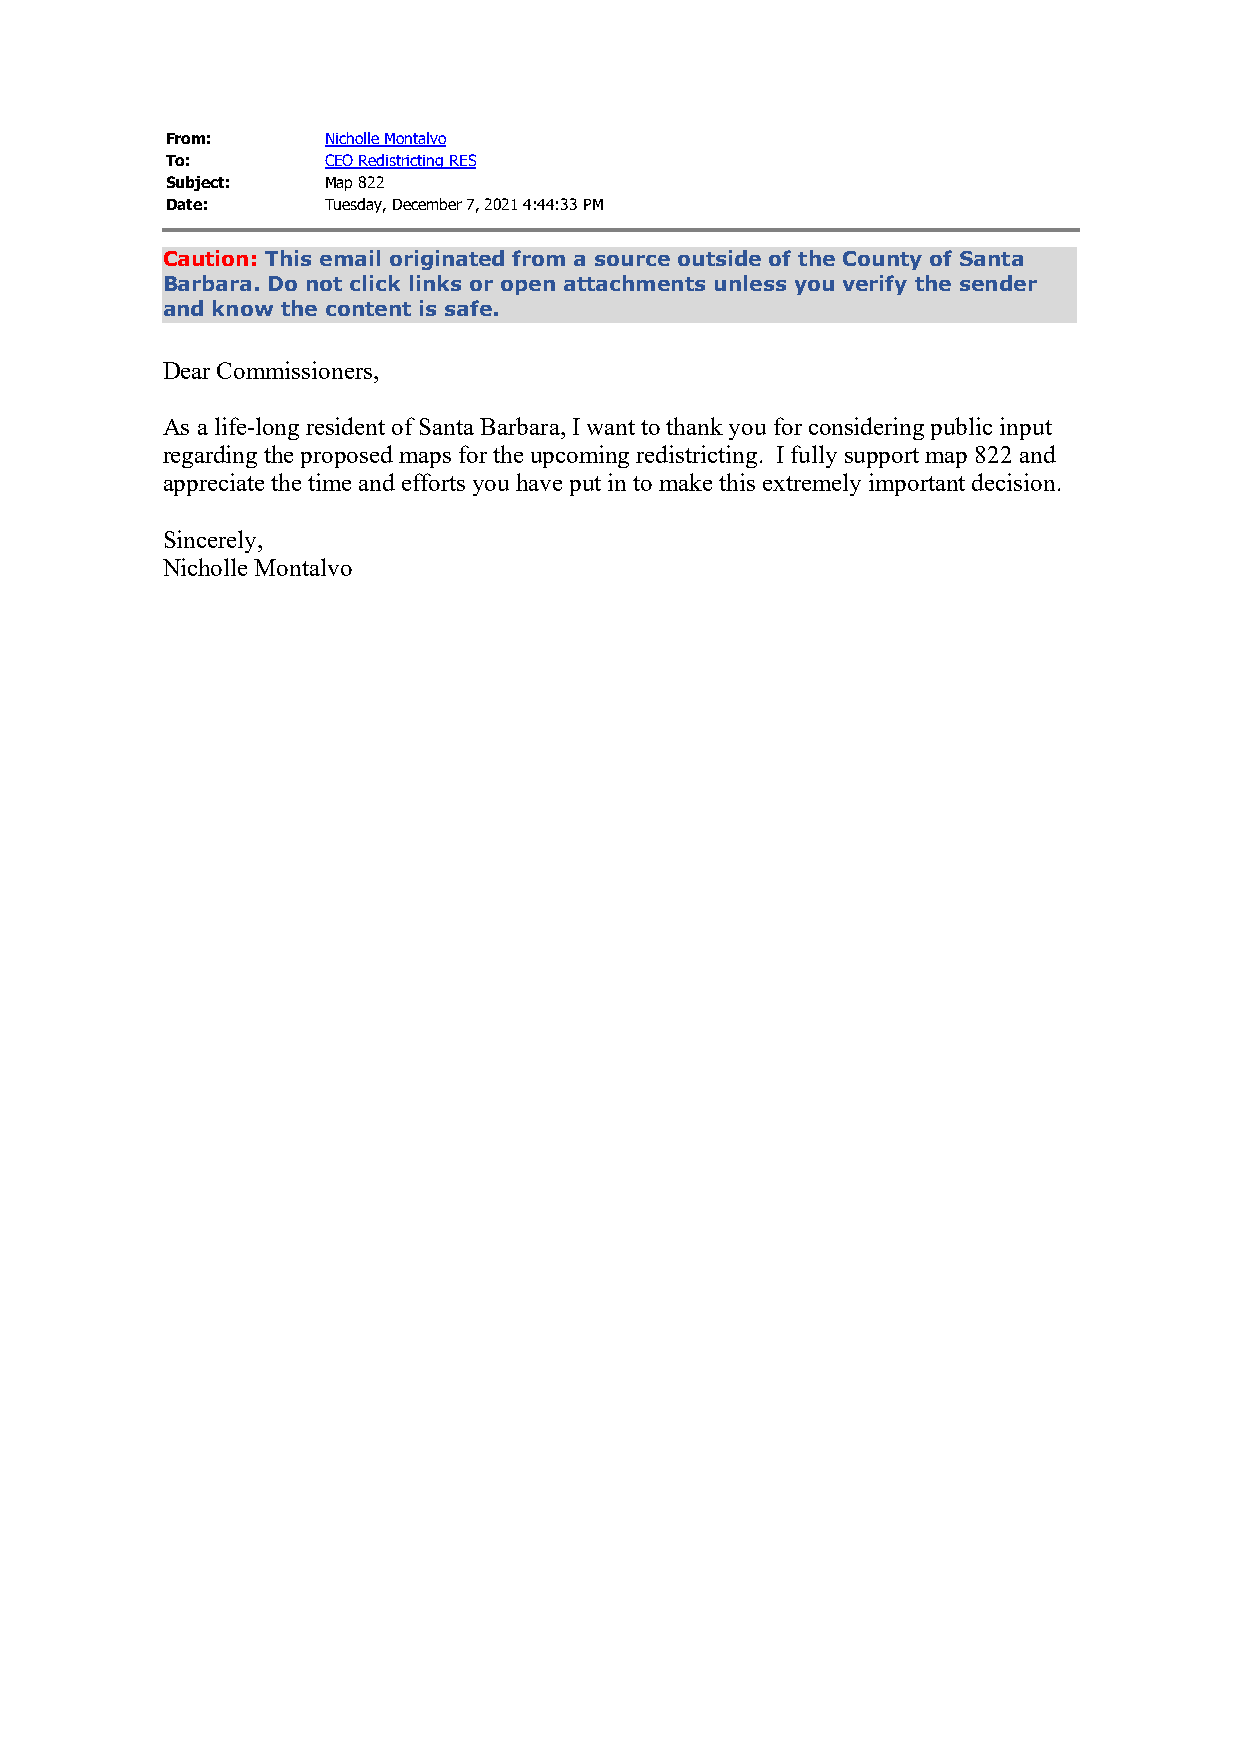
From:      Nicholle Montalvo
 To:        CEO Redistricting RES
 Subject:   Map 822
 Date:      Tuesday, December 7, 2021 4:44:33 PM
 Caution: This email originated from a source outside of the County of Santa
 Barbara. Do not click links or open attachments unless you verify the sender
 and know the content is safe.
 Dear Commissioners,
 As a life-long resident of Santa Barbara, I want to thank you for considering public input
 regarding the proposed maps for the upcoming redistricting. I fully support map 822 and
 appreciate the time and efforts you have put in to make this extremely important decision.
 Sincerely,
 Nicholle Montalvo